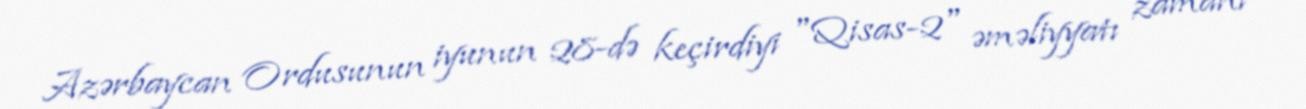
Azərbaycan Ordusunun iyunun 28-də keçirdiyi "Qisas-2" əməliyyatı zamanı